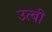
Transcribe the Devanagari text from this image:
उत्बी